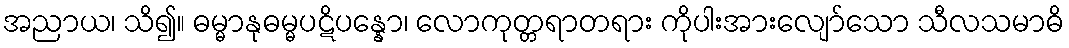
အညာယ၊ သိ၍။ ဓမ္မာနုဓမ္မပဋိပန္နော၊ လောကုတ္တရာတရား ကိုပါးအားလျော်သော သီလသမာဓိ